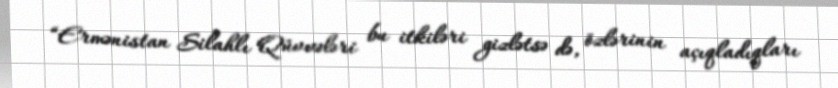
“Ermənistan Silahlı Qüvvələri bu itkiləri gizlətsə də, özlərinin açıqladıqları